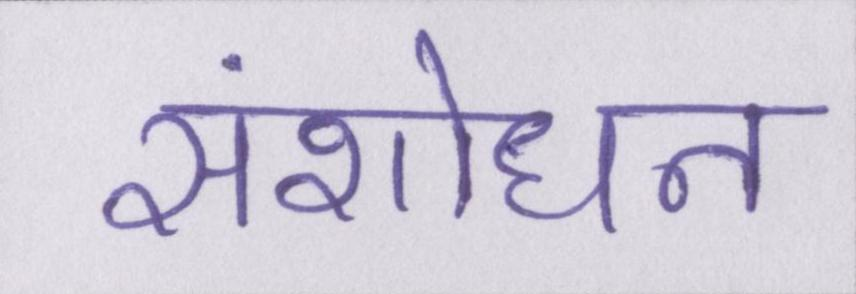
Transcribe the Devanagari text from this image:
संशोधन